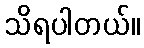
သိရပါတယ်။